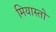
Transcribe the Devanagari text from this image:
मियास्तो